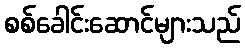
စစ်ခေါင်းဆောင်များသည်